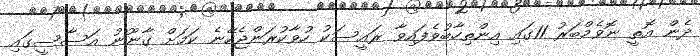
ދެން އޮތީ ނޮވެމްބަރު 11ގައި އިންތިހާބުވެފައިވާ ރައީސަކު ހުވާކުރަންޖެހޭނެ ކަމަށް ގާނޫނު އަސާސީގައި